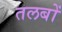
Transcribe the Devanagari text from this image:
तलबों